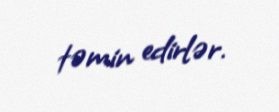
təmin edirlər.